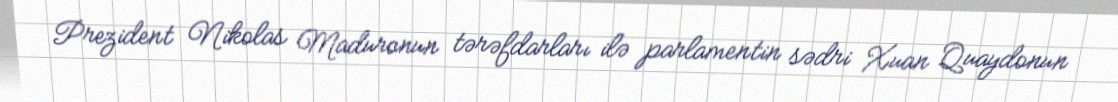
Prezident Nikolas Maduronun tərəfdarları ilə parlamentin sədri Xuan Quaydonun